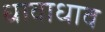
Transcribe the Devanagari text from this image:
धावाधाव